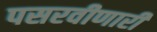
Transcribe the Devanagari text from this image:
पसरवीणारी